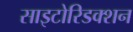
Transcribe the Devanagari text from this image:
साइटोरिडक्शन